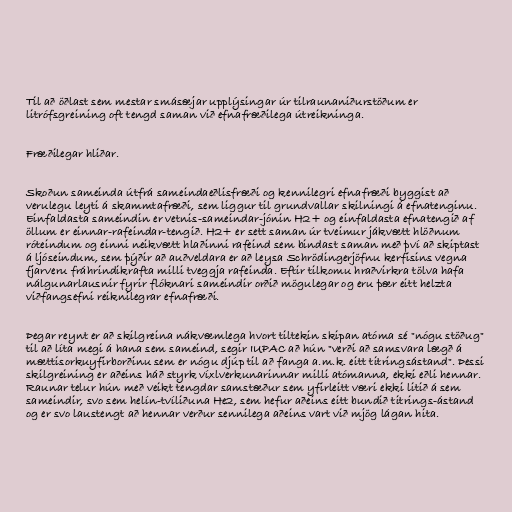
Til að öðlast sem mestar smásæjar upplýsingar úr tilraunaniðurstöðum er
litrófsgreining oft tengd saman við efnafræðilega útreikninga.

Fræðilegar hliðar.

Skoðun sameinda útfrá sameindaeðlisfræði og kennilegri efnafræði byggist að
verulegu leyti á skammtafræði, sem liggur til grundvallar skilningi á efnatenginu.
Einfaldasta sameindin er vetnis-sameindar-jónin H2+ og einfaldasta efnatengið af
öllum er einnar-rafeindar-tengið. H2+ er sett saman úr tveimur jákvætt hlöðnum
róteindum og einni neikvætt hlaðinni rafeind sem bindast saman með því að skiptast
á ljóseindum, sem þýðir að auðveldara er að leysa Schrödingerjöfnu kerfisins vegna
fjarveru fráhrindikrafta milli tveggja rafeinda. Eftir tilkomu hraðvirkra tölva hafa
nálgunarlausnir fyrir flóknari sameindir orðið mögulegar og eru þær eitt helzta
viðfangsefni reiknilegrar efnafræði.

Þegar reynt er að skilgreina nákvæmlega hvort tiltekin skipan atóma sé "nógu stöðug"
til að líta megi á hana sem sameind, segir IUPAC að hún "verði að samsvara lægð á
mættisorkuyfirborðinu sem er nógu djúp til að fanga a.m.k. eitt titringsástand". Þessi
skilgreining er aðeins háð styrk víxlverkunarinnar milli atómanna, ekki eðli hennar.
Raunar telur hún með veikt tengdar samstæður sem yfirleitt væri ekki litið á sem
sameindir, svo sem helín-tvíliðuna He2, sem hefur aðeins eitt bundið titrings-ástand
og er svo laustengt að hennar verður sennilega aðeins vart við mjög lágan hita.